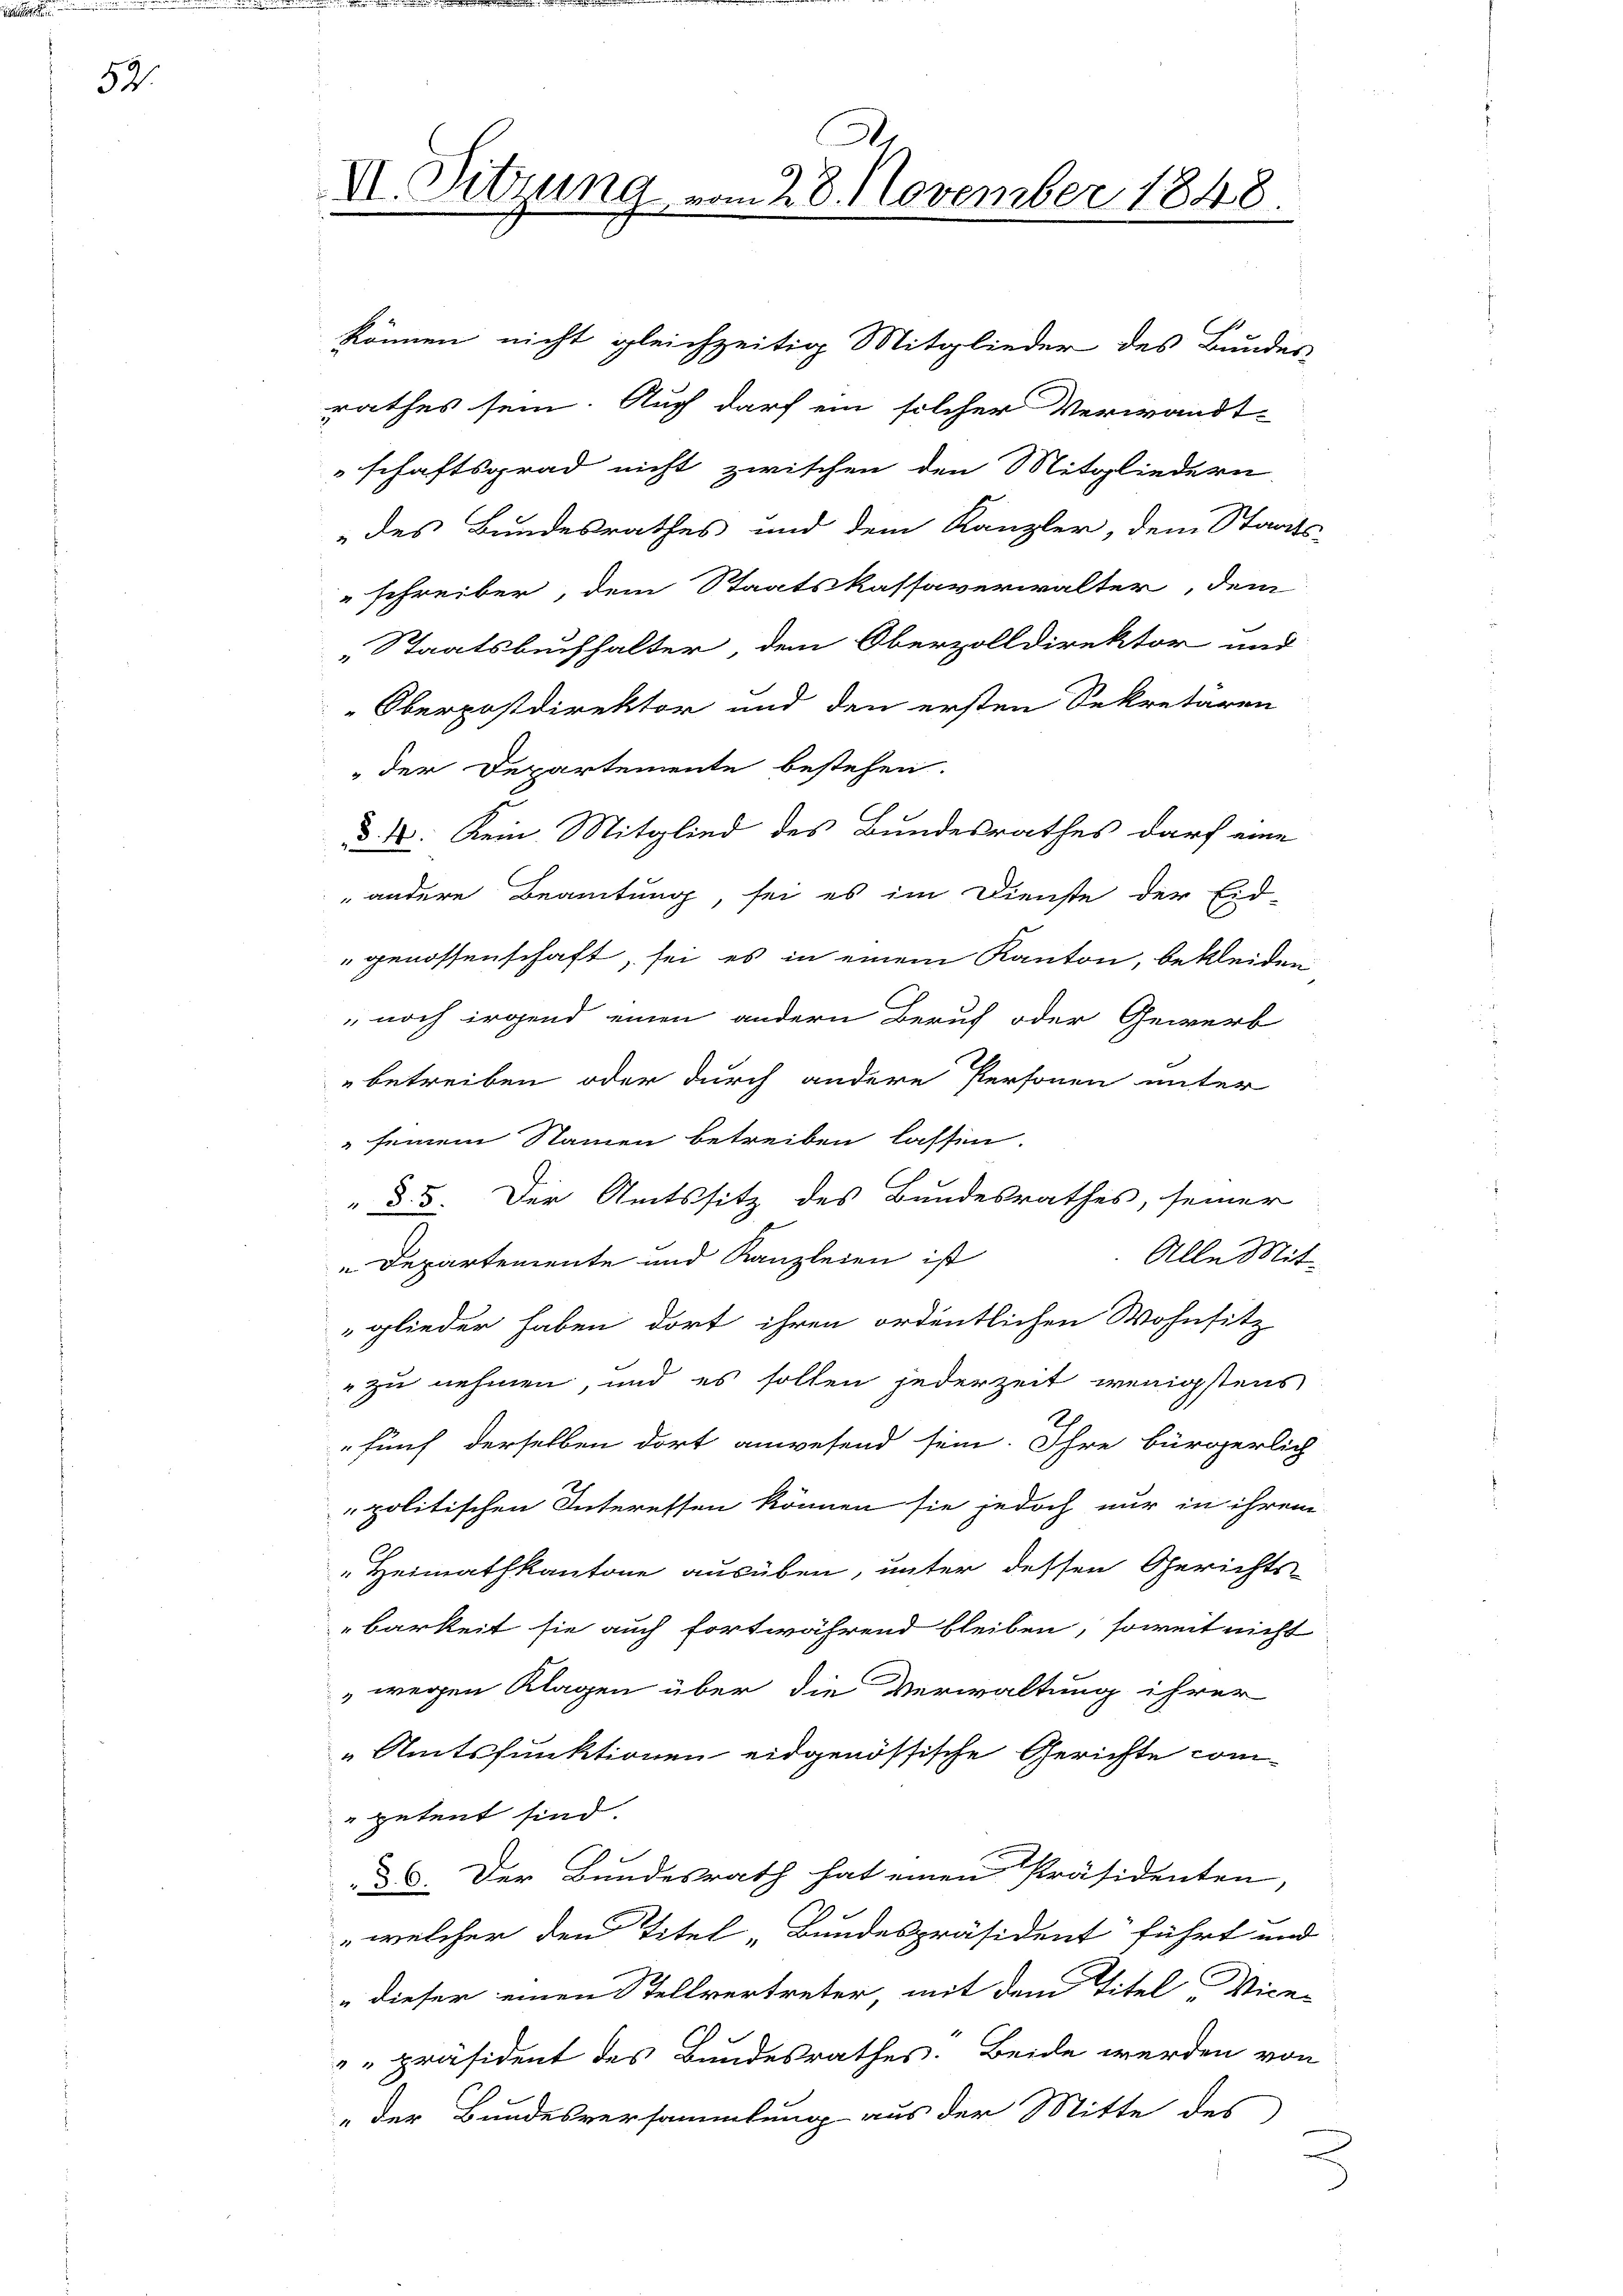
52.

VI. Sitzung vom 28. November 1848.
d

können nicht gleichzeitig Mitglieder des Bundes
rathes sein. Auch darf ein solcher Verwandt-
schaftsgrad nicht zwischen den Mitgliedern.
des Bundesrathes und dem Kanzler, dem Staats-
schreiber, dem Staatskassaverwalter, dem
„Staatsbuchhalter dem Oberzolldirektor und
Oberpostdirektor und den ersten Sekretären
der Departemente bestehen.
d. 4. Kein Mitglied des Bundesrathes darf eine
andere Beamtung, sei es im Dienste der Eid-
" genossenschaft, sei es in einem Kanton, bekleiden
 noch irgend einen andern Beruf oder Gewerb
betreiben oder durch andere Personen unter
" seinem Namen betreiben lassen.
C
 d. 3. Der Amtssitz des Bundesrathes, seiner
Alle Mit¬
„Departemente und Kanzleien ist
glieder haben dort ihren ordentlichen Wohnsitz
" zu nehmen, und es sollen jederzeit wenigstens
fünf derselben dort anwesend sein. Ihre bürgerlich
politischen Interessen können sie jedoch nur in ihrem
Heimathkantone ausüben, unter dessen Gerichtsbarkeit sie auch fortwährend bleiben, soweit nicht
wegen Klagen über die Verwaltung ihrer
" Amtsfunktionen eidgenössische Gerichte com-
"petent sind.
d. Der Bundesrath hat einen Präsidenten,
 welcher den Titel Bundespräsident führt und
„dieser einen Stellvertreter, mit dem Titel Vice-
"präsident des Bundesrathes. Beide werden von
„der Bundesversammlung aus der Mitte des